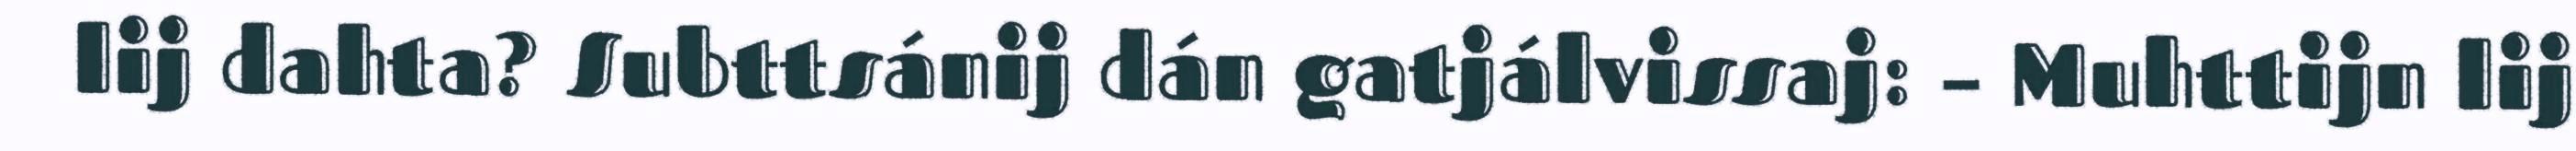
lij dahta? Subttsánij dán gatjálvissaj: – Muhttijn lij